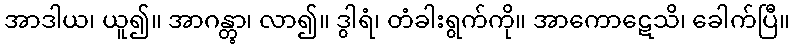
အာဒါယ၊ ယူ၍။ အာဂန္တွာ၊ လာ၍။ ဒွါရံ၊ တံခါးရွက်ကို။ အာကောဋေသိ၊ ခေါက်ပြီ။